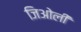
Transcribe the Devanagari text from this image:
जिओली